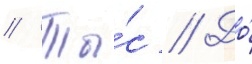
// Ты́с // До́